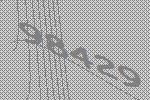
98429